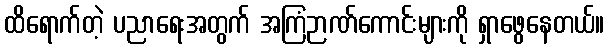
ထိရောက်တဲ့ ပညာရေးအတွက် အကြံဉာဏ်ကောင်းများကို ရှာဖွေနေတယ်။